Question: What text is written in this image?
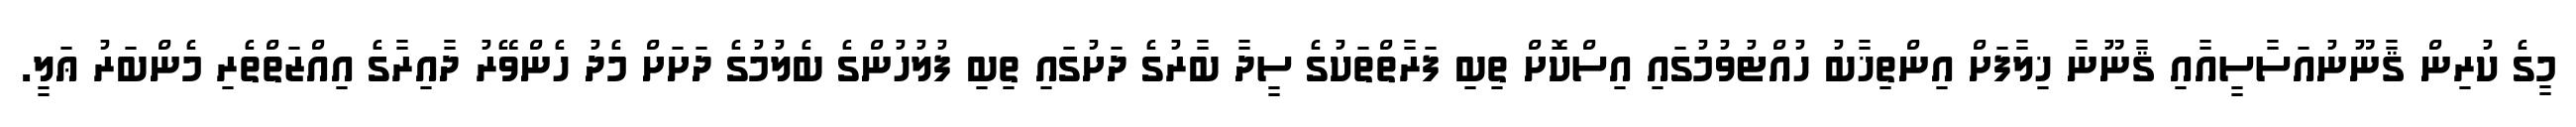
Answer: މީގެ ކުރިން ޤާނޫނުއަސާސީއާއި ޤާނޫނާ ޚިލާފަށް އިންތިޚާބު ހުއްޓުވުމުގައި އިސްކޮށް ތިބި ފަރާތްތަކުގެ ސީދާ ބާރުގެ ދަށުގައި ތިބި ފުލުހުންގެ ބެލުމުގެ ދަށަށް މެދު ހެންވޭރު ދާއިރާގެ އިއްޒަތްތެރި މެންބަރު ޢަލީ.